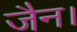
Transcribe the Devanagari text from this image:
जैन।